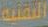
التقنية